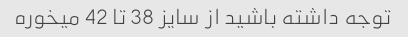
توجه داشته باشید از سایز 38 تا 42 میخوره